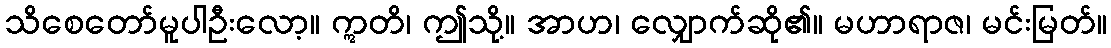
သိစေတော်မူပါဦးလော့။ ဣတိ၊ ဤသို့။ အာဟ၊ လျှောက်ဆို၏။ မဟာရာဇ၊ မင်းမြတ်။